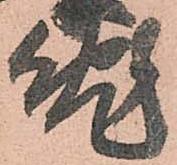
兎